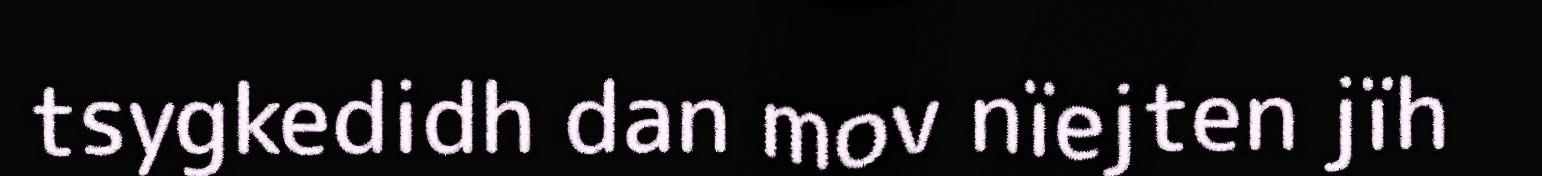
tsygkedidh dan mov nïejten jïh